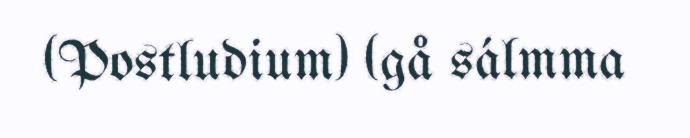
(Postludium) (gå sálmma